Indian journal of veterinary science and animal husbandry - Volume 6,
Year: 1936
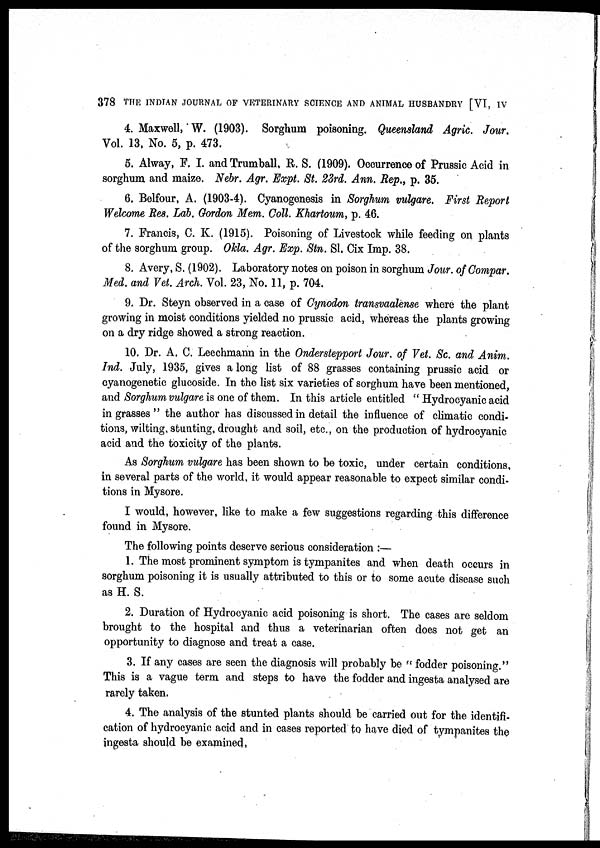
378 THE INDIAN JOURNAL OF VETERINARY SCIENCE AND ANIMAL HUSBANDRY [VI, IV
4. Maxwell, W. (1903). Sorghum poisoning. Queensland Agric. Jour.
Vol. 13, No. 5, p. 473.
5. Alway, F. I. and Trumball, R. S. (1909). Occurrence of Prussic Acid in
sorghum and maize. Nebr. Agr. Expt. St. 23rd. Ann. Rep., p. 35.
6. Belfour, A. (1903-4). Cyanogenesis in Sorghum vulgare. First Report
Welcome Res. Lab. Gordon Mem. Coll. Khartoum, p. 46.
7. Francis, C. K. (1915). Poisoning of Livestock while feeding on plants
of the sorghum group. Okla. Agr. Exp. Stn. Sl. Cix Imp. 38.
8. Avery, S. (1902). Laboratory notes on poison in sorghum Jour. of Compar.
Med. and Vet. Arch. Vol. 23, No. 11, p. 704.
9. Dr. Steyn observed in a case of Cynodon transvaalense where the plant
growing in moist conditions yielded no prussic acid, whereas the plants growing
on a dry ridge showed a strong reaction.
10. Dr. A. C. Leechmann in the Onderstepport Jour. of Vet. Sc. and Anim.
Ind. July, 1935, gives a long list of 88 grasses containing prussic acid or
cyanogenetic glucoside. In the list six varieties of sorghum have been mentioned,
and Sorghum vulgare is one of them. In this article entitled " Hydrocyanic acid
in grasses " the author has discussed in detail the influence of climatic condi-
tions, wilting, stunting, drought and soil, etc., on the production of hydrocyanic
acid and the toxicity of the plants.
As Sorghum vulgare has been shown to be toxic, under certain conditions,
in several parts of the world, it would appear reasonable to expect similar condi-
tions in Mysore.
I would, however, like to make a few suggestions regarding this difference
found in Mysore.
The following points deserve serious consideration :—
1. The most prominent symptom is tympanites and when death occurs in
sorghum poisoning it is usually attributed to this or to some acute disease such
as H. S.
2. Duration of Hydrocyanic acid poisoning is short. The cases are seldom
brought to the hospital and thus a veterinarian often does not get an
opportunity to diagnose and treat a case.
3. If any cases are seen the diagnosis will probably be " fodder poisoning."
This is a vague term and steps to have the fodder and ingesta analysed are
rarely taken.
4. The analysis of the stunted plants should be carried out for the identifi-
cation of hydrocyanic acid and in cases reported to have died of tympanites the
ingesta should be examined,